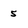
Character: 5